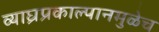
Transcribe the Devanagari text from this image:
व्याघ्रप्रकाल्पानमुळेच